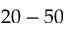
2 0 - 5 0